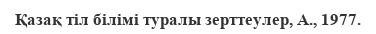
Қазақ тіл білімі туралы зерттеулер, А., 1977.